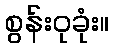
စွန်းဝုခုံး။